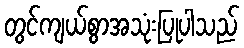
တွင်ကျယ်စွာအသုံးပြုပါသည်